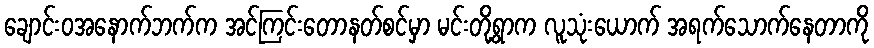
ချောင်းဝအနောက်ဘက်က အင်ကြင်းတောနတ်စင်မှာ မင်းတို့ရွာက လူသုံးယောက် အရက်သောက်နေတာကို